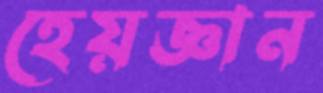
হেয়জ্ঞান